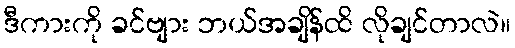
ဒီကားကို ခင်ဗျား ဘယ်အချိန်ထိ လိုချင်တာလဲ။